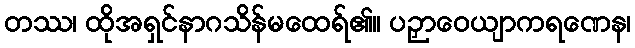
တဿ၊ ထိုအရှင်နာဂသိန်မထေရ်၏။ ပဉှာဝေယျာကရဏေန၊